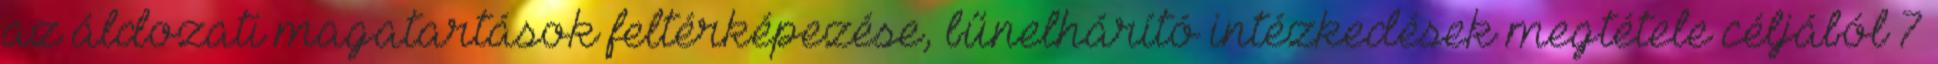
az áldozati magatartások feltérképezése, bűnelhárító intézkedések megtétele céljából 7